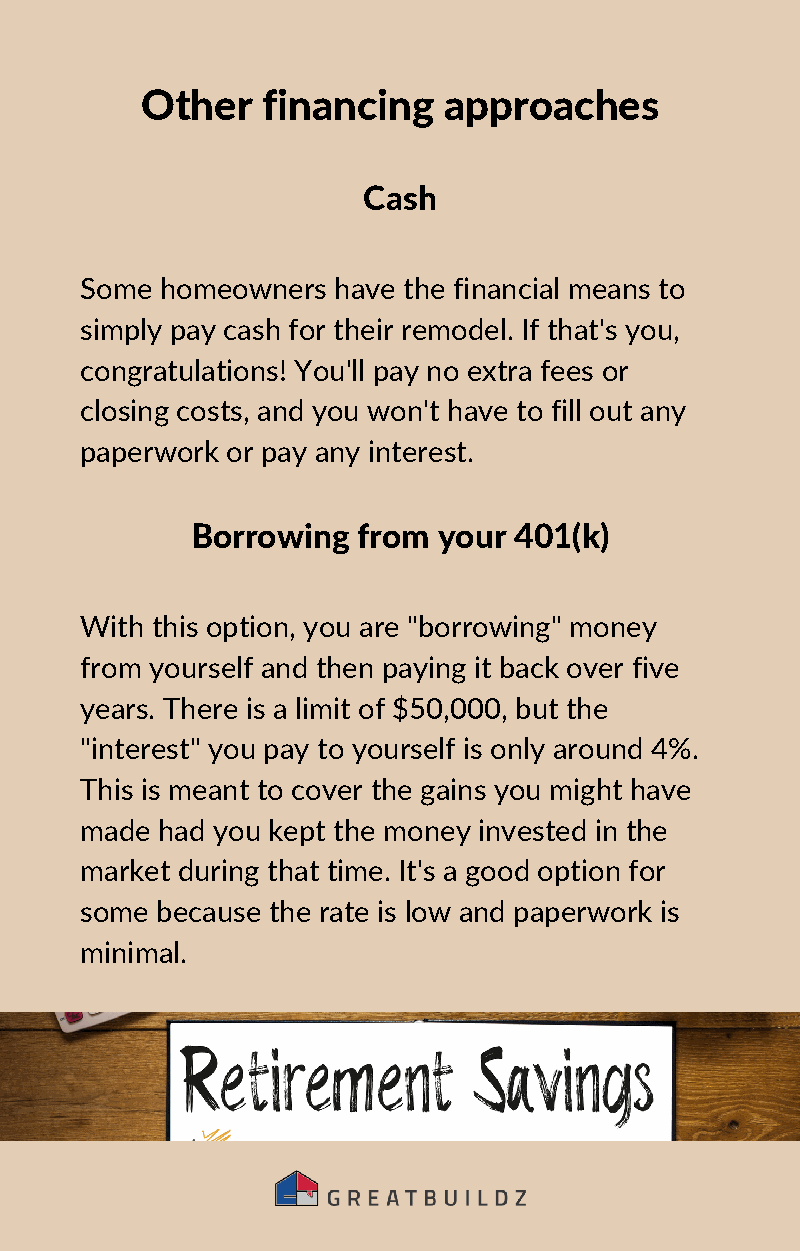
Other   financing   approaches
 Cash
 Some  homeowners have the financial means to
 simply pay cash for their remodel. If that's you,
 congratulations! You'll pay no extra fees or
 closing costs, and you won't have to fill out any
 paperwork or pay any interest.
 Borrowing  from your 401(k)
 With this option, you are "borrowing" money
 from yourself and then paying it back over five
 years. There is a limit of $50,000, but the
 "interest" you pay to yourself is only around 4%.
 This is meant to cover the gains you might have
 made had you kept the money invested in the
 market during that time. It's a good option for
 some because the rate is low and paperwork is
 minimal.